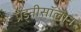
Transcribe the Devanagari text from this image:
प्रेड्नीसॉलोन